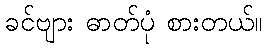
ခင်ဗျား ဓာတ်ပုံ စားတယ်။